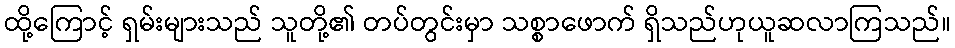
ထို့ကြောင့် ရှမ်းများသည် သူတို့၏ တပ်တွင်းမှာ သစ္စာဖောက် ရှိသည်ဟုယူဆလာကြသည်။